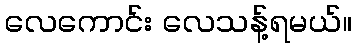
လေကောင်း လေသန့်ရမယ်။